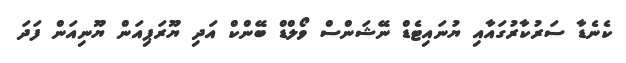
ކެނެޑާ ސަރުކާރުގައާއި ޔުނައިޓެޑް ނޭޝަންސް ވޯލްޑް ބޭންކް އަދި ޔޫރަޕިއަން ޔޫނިއަން ފަދަ